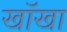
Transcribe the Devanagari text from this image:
खॉखा